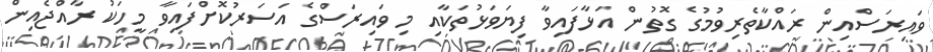
ވައިރަސްއިން ރައްކާތެރިވުމުގެ ގޮތުން އަޅާފައިވާ ފިޔަވަޅުތަކާއި މި ވައިރަސްގެ އަސަރުކޮށްފައިވާ މީހަކު ރާއްޖެއިން